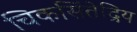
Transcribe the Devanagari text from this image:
चिकसिंतेद्रिय